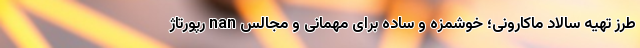
طرز تهیه سالاد ماکارونی؛ خوشمزه و ساده برای مهمانی و مجالس nan رپورتاژ